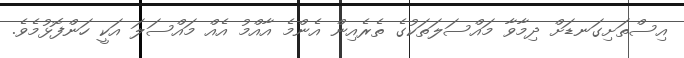
އިސްތަށިގަނޑަށް ދިމާވާ މައްސަލަތަކުގެ ތެރެއިން އެންމެ އާއްމު އެއް މައްސަލަ އަކީ ހަންފޮޅުމެވެ.